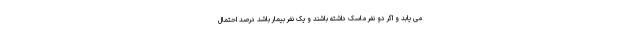
می یابد و اگر دو نفر ماسک داشته باشند و یک نفر بیمار باشد درصد احتمال